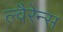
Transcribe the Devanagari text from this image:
ल्वैरेन्स